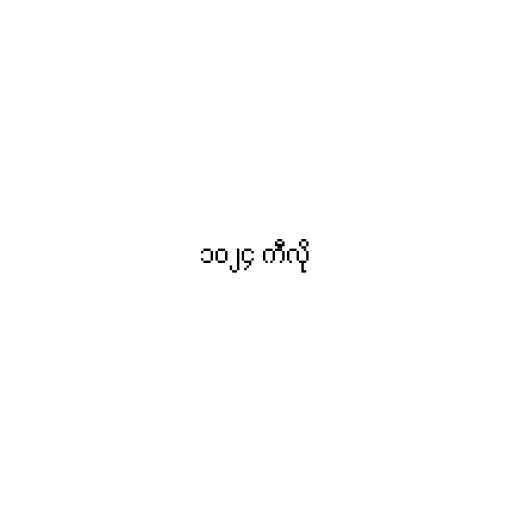
၁၀၂၄ ကီလို